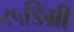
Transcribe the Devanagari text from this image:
८५डिग्री